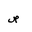
Letter: _sad